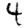
Digit: 4